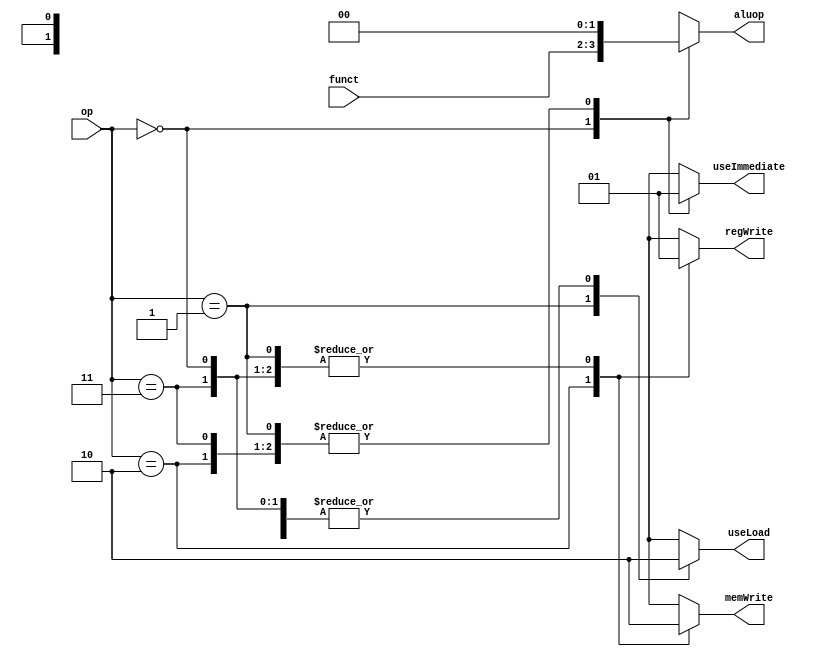
`timescale 1ns / 1ps
//////////////////////////////////////////////////////////////////////////////////
// Company: 
// Engineer: 
// 
// Design Name: 
// Module Name: alu
// Project Name: 
// Target Devices: 
// Tool Versions: 
// Description: 
// 
// Dependencies: 
// 
// Revision:
// Revision 0.01 - File Created
// Additional Comments:
// 
//////////////////////////////////////////////////////////////////////////////////


module control_unit(
    input [1:0] op,
    input [1:0] funct,
    output reg regWrite,
    output reg memWrite,
    output reg useImmediate,
    output reg useLoad,
    output reg [1:0] aluop
    );

    always @ (op, funct) begin
        case (op)
            2'b00: begin // ALU functions
            regWrite <= 1;
            memWrite <= 0;
            useImmediate <= 0;
            useLoad <= 0;
            aluop <= funct;
            end

            2'b01: begin // Load word
            regWrite <= 1;
            memWrite <= 0;
            useImmediate <= 1;
            useLoad <= 1;
            aluop <= 'b00;
            end

            2'b10: begin // Save word
            regWrite <= 0;
            memWrite <= 1;
            useImmediate <= 1;
            useLoad <= 0;
            aluop <= 'b00;
            end

            2'b11: begin // Add imm
            regWrite <= 1;
            memWrite <= 0;
            useImmediate <= 1;
            useLoad <= 0;
            aluop <= 'b00;
            end

            default: begin // Default
            regWrite <= 'bx;
            memWrite <= 'bx;
            useImmediate <= 'bx;
            useLoad <= 'bx;
            aluop <= 'bxx;
            end
        endcase
    end
endmodule